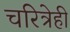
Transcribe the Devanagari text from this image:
चरित्रेही